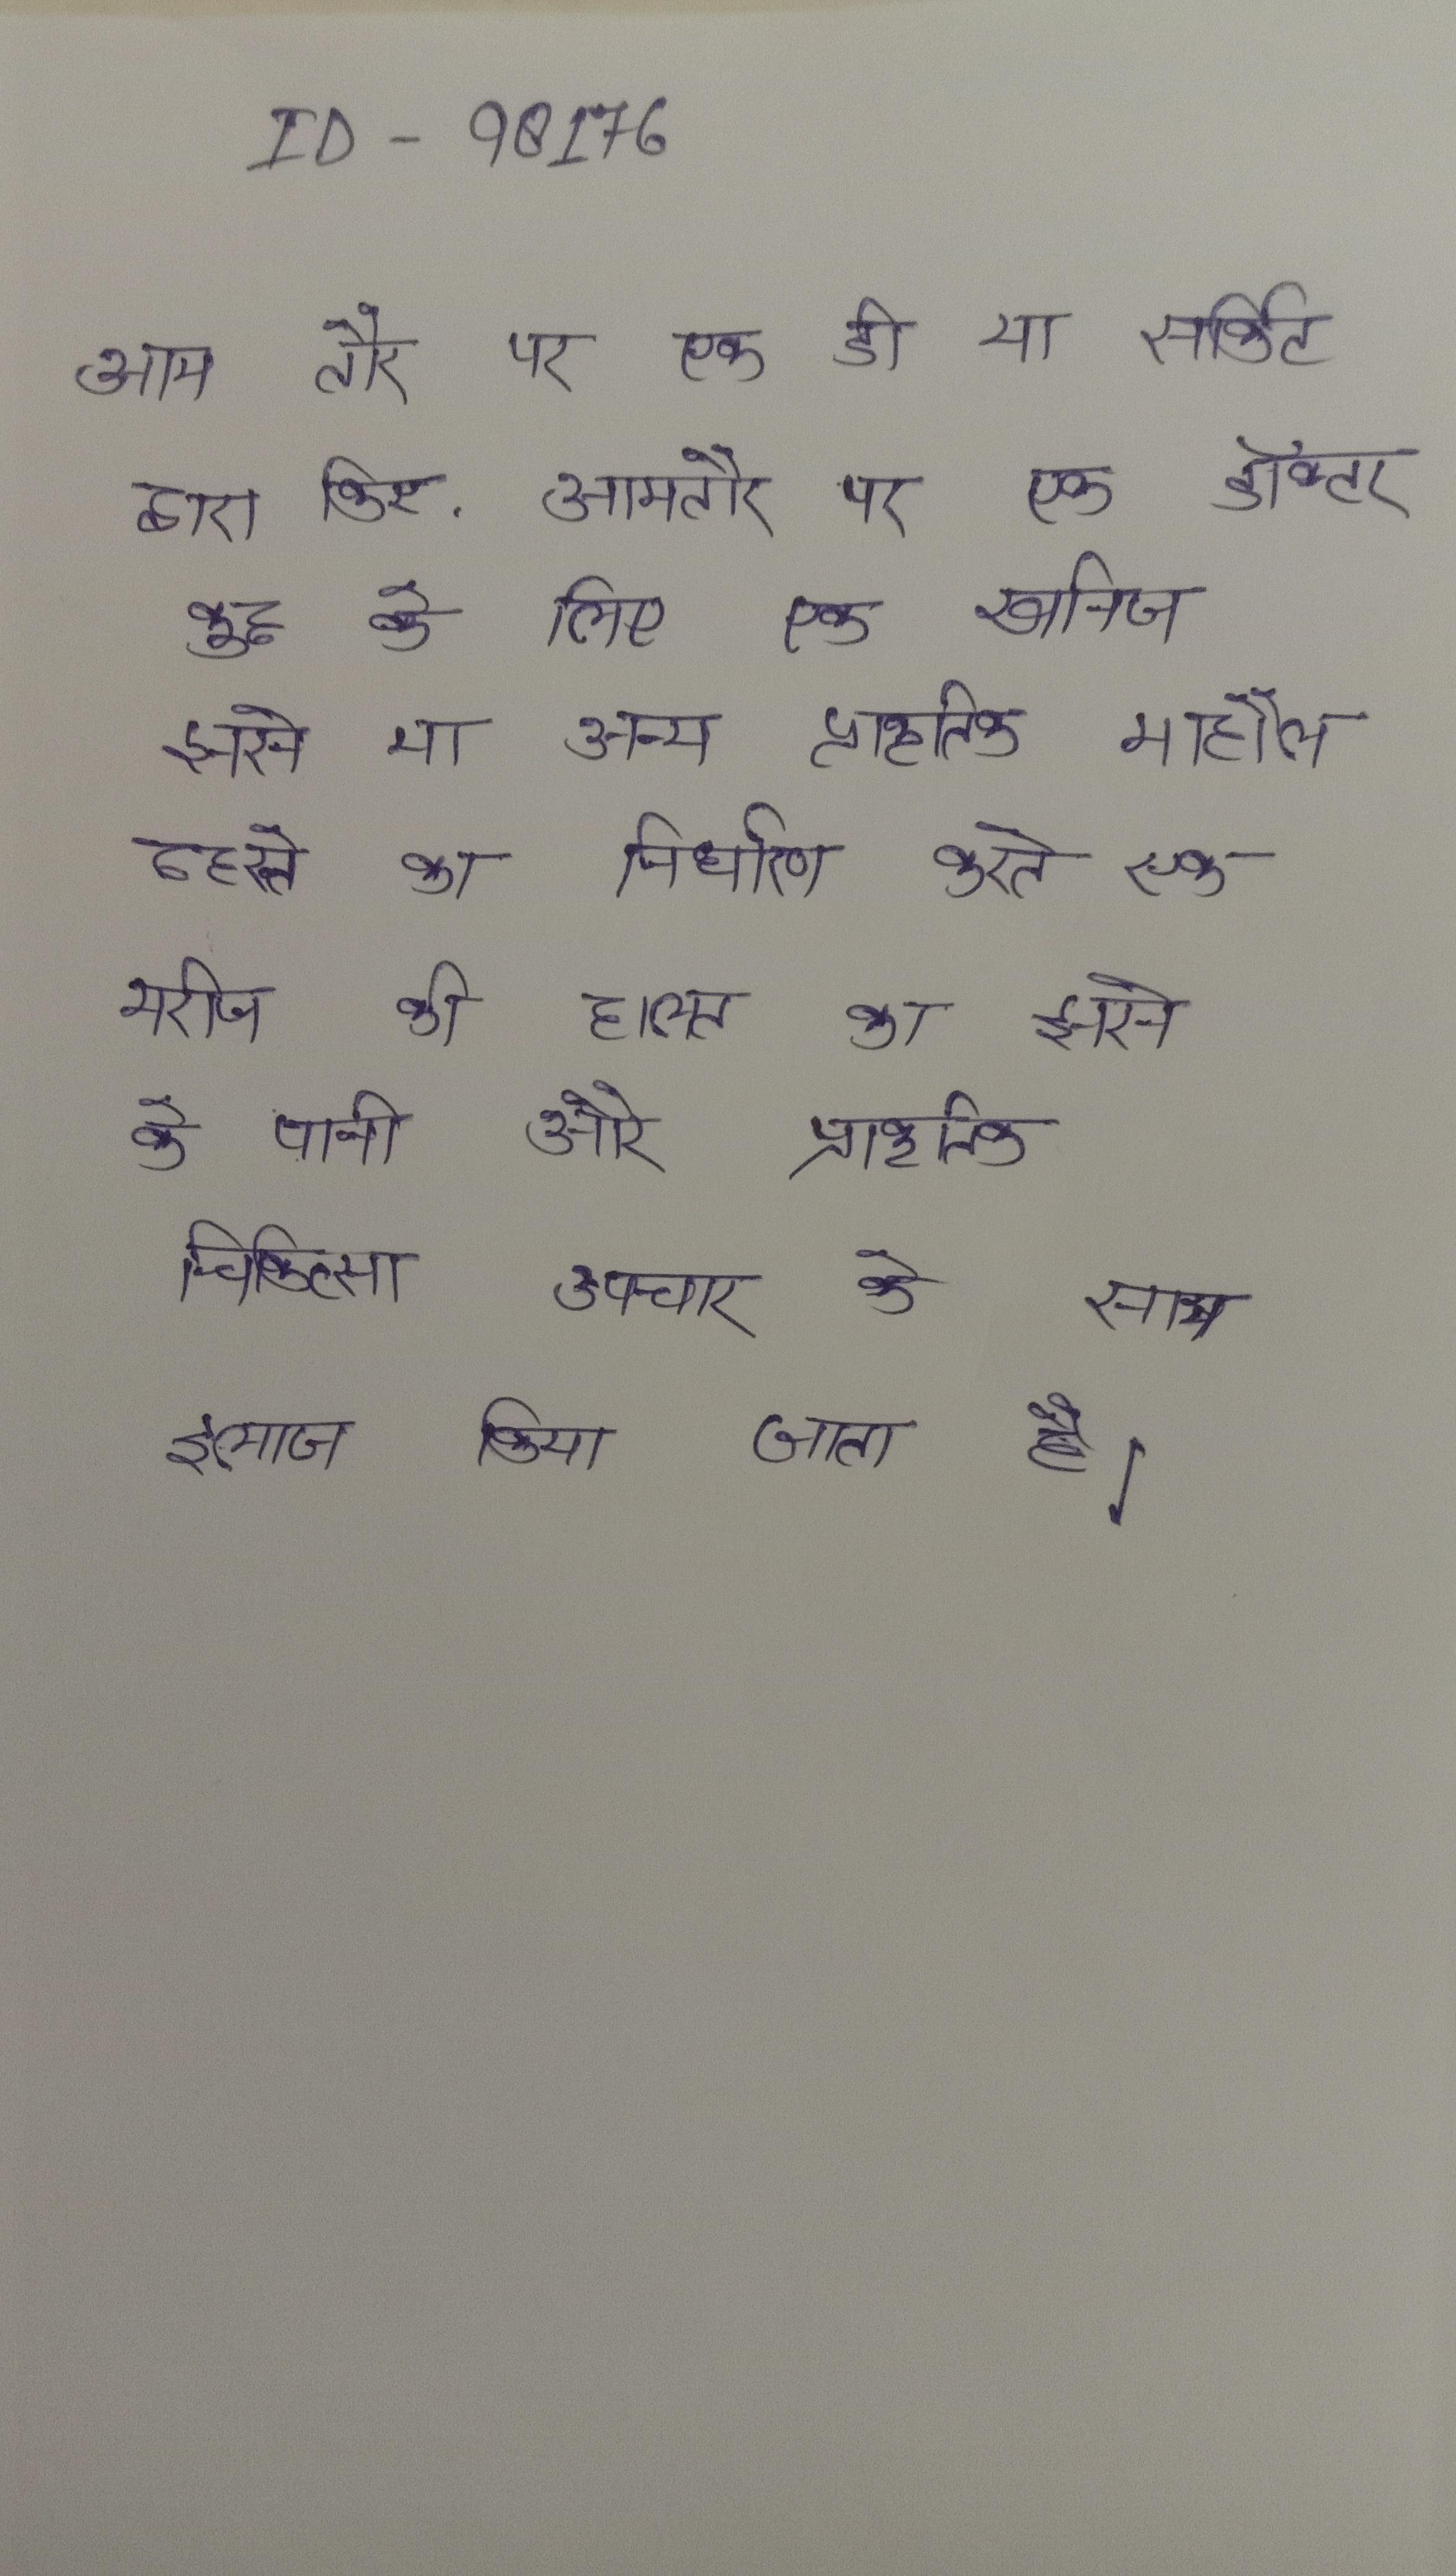
आम तौर पर एक डी या सर्किट द्वारा किए . आमतौर पर एक डॉक्टर कुछ के लिए एक खनिज झरने या अन्य प्राकृतिक माहौल ठहरने का निर्धारण करते एक मरीज की हालत का झरने के पानी और प्राकृतिक चिकित्सा उपचार के साथ इलाज किया जाता है ।